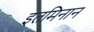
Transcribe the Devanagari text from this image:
इतमिनान